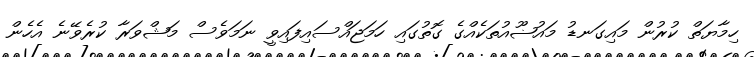
ހިމާޔަތް ކުރުން މައިގަނޑު މައުޟޫއުތަކެއްގެ ގޮތުގައި ހަމަޖައްސައިފައިވީ ނަމަވެސް މަޝްވަރާ ކުރެވޭނެ އެހެން